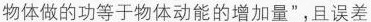
对物体做的功等于物体动能的增加量”，且误